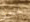
لحجز